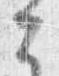
云